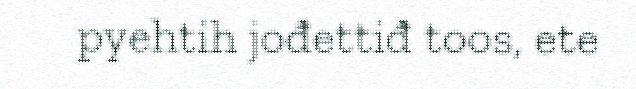
pyehtih jođettiđ toos, ete